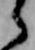
候